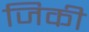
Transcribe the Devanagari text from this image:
जिकी